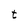
Character: t